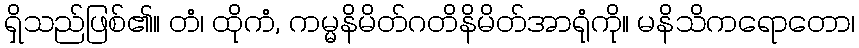
ရှိသည်ဖြစ်၏။ တံ၊ ထိုကံ, ကမ္မနိမိတ်ဂတိနိမိတ်အာရုံကို။ မနိသိကရောတော၊